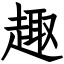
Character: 趣